Treatise on elephants
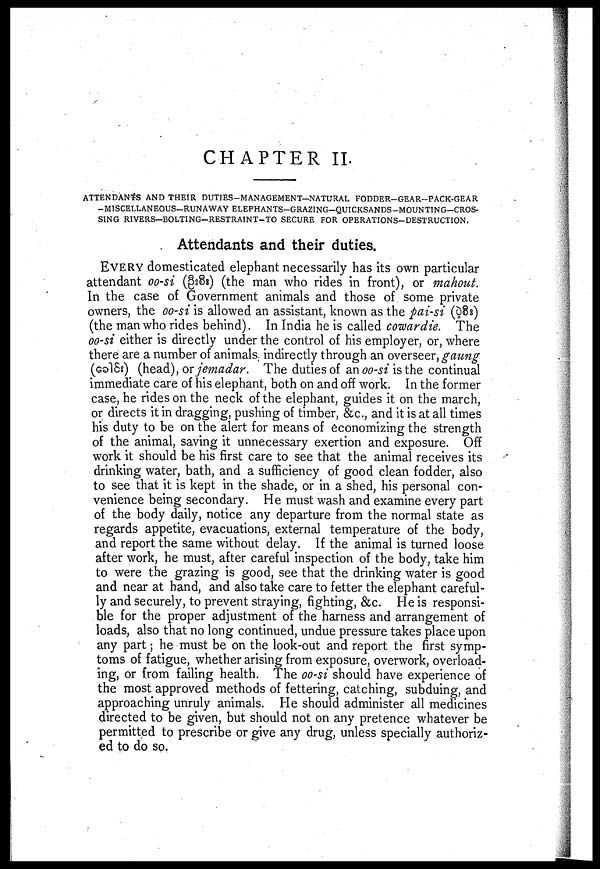
CHAPTER II.
ATTENDANTS AND THEIR DUTIES-MANAGEMENT—NATURAL FODDER–GEAR–PACK-GEAR
-MISCELLANEOUS–RUNAWAY ELEPHANTS–GRAZING–QUICKSANDS–MOUNTING–CROS–
SING RIVERS—BOLTING-RESTRAINT–TO SECURE FOR OPERATIONS–DESTRUCTION.
Attendants and their duties.
EVERY domesticated elephant necessarily has its own particular
attendant oo-si (
) (the man who rides in front), or mahout.
In the case of Government animals and those of some private
owners, the oo-si is allowed an assistant, known as the pai-si ( )
(the man who rides behind). In India he is called cowardie. The
oo-si either is directly under the control of his employer, or, where
there are a number of animals indirectly through an overseer, gaung
(
) (head), or jemadar. The duties of an oo-si is the continual
immediate care of his elephant, both on and off work. In the former
case, he rides on the neck of the elephant, guides it on the march,
or directs it in dragging, pushing of timber, &c., and it is at all times
his duty to be on the alert for means of economizing the strength
of the animal, saving it unnecessary exertion and exposure. Off
work it should be his first care to see that the animal receives its
drinking water, bath, and a sufficiency of good clean fodder, also
to see that it is kept in the shade, or in a shed, his personal con-
venience being secondary. He must wash and examine every part
of the body daily, notice any departure from the normal state as
regards appetite, evacuations, external temperature of the body,
and report the same without delay. If the animal is turned loose
after work, he must, after careful inspection of the body, take him
to were the grazing is good, see that the drinking water is good
and near at hand, and also take care to fetter the elephant careful-
ly and securely, to prevent straying, fighting, &c. He is responsi-
ble for the proper adjustment of the harness and arrangement of
loads, also that no long continued, undue pressure takes place upon
any part; he must be on the look-out and report the first symp-
toms of fatigue, whether arising from exposure, overwork, overload-
ing, or from failing health. The oo-si should have experience of
the most approved methods of fettering, catching, subduing, and
approaching unruly animals. He should administer all medicines
directed to be given, but should not on any pretence whatever be
permitted to prescribe or give any drug, unless specially authoriz-
ed to do so.